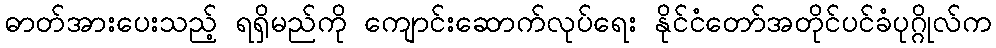
ဓာတ်အားပေးသည့် ရရှိမည်ကို ကျောင်းဆောက်လုပ်ရေး နိုင်ငံတော်အတိုင်ပင်ခံပုဂ္ဂိုလ်က